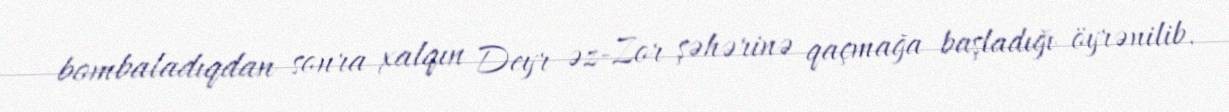
bombaladıqdan sonra xalqın Deyr əz-Zor şəhərinə qaçmağa başladığı öyrənilib.